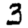
Digit: 3